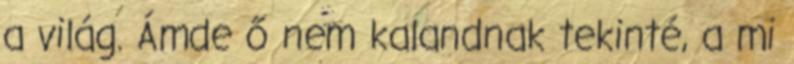
a világ. Ámde ő nem kalandnak tekinté, a mi